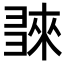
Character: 𢑬